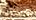
بالطبع